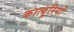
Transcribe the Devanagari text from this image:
कात्यूरियों